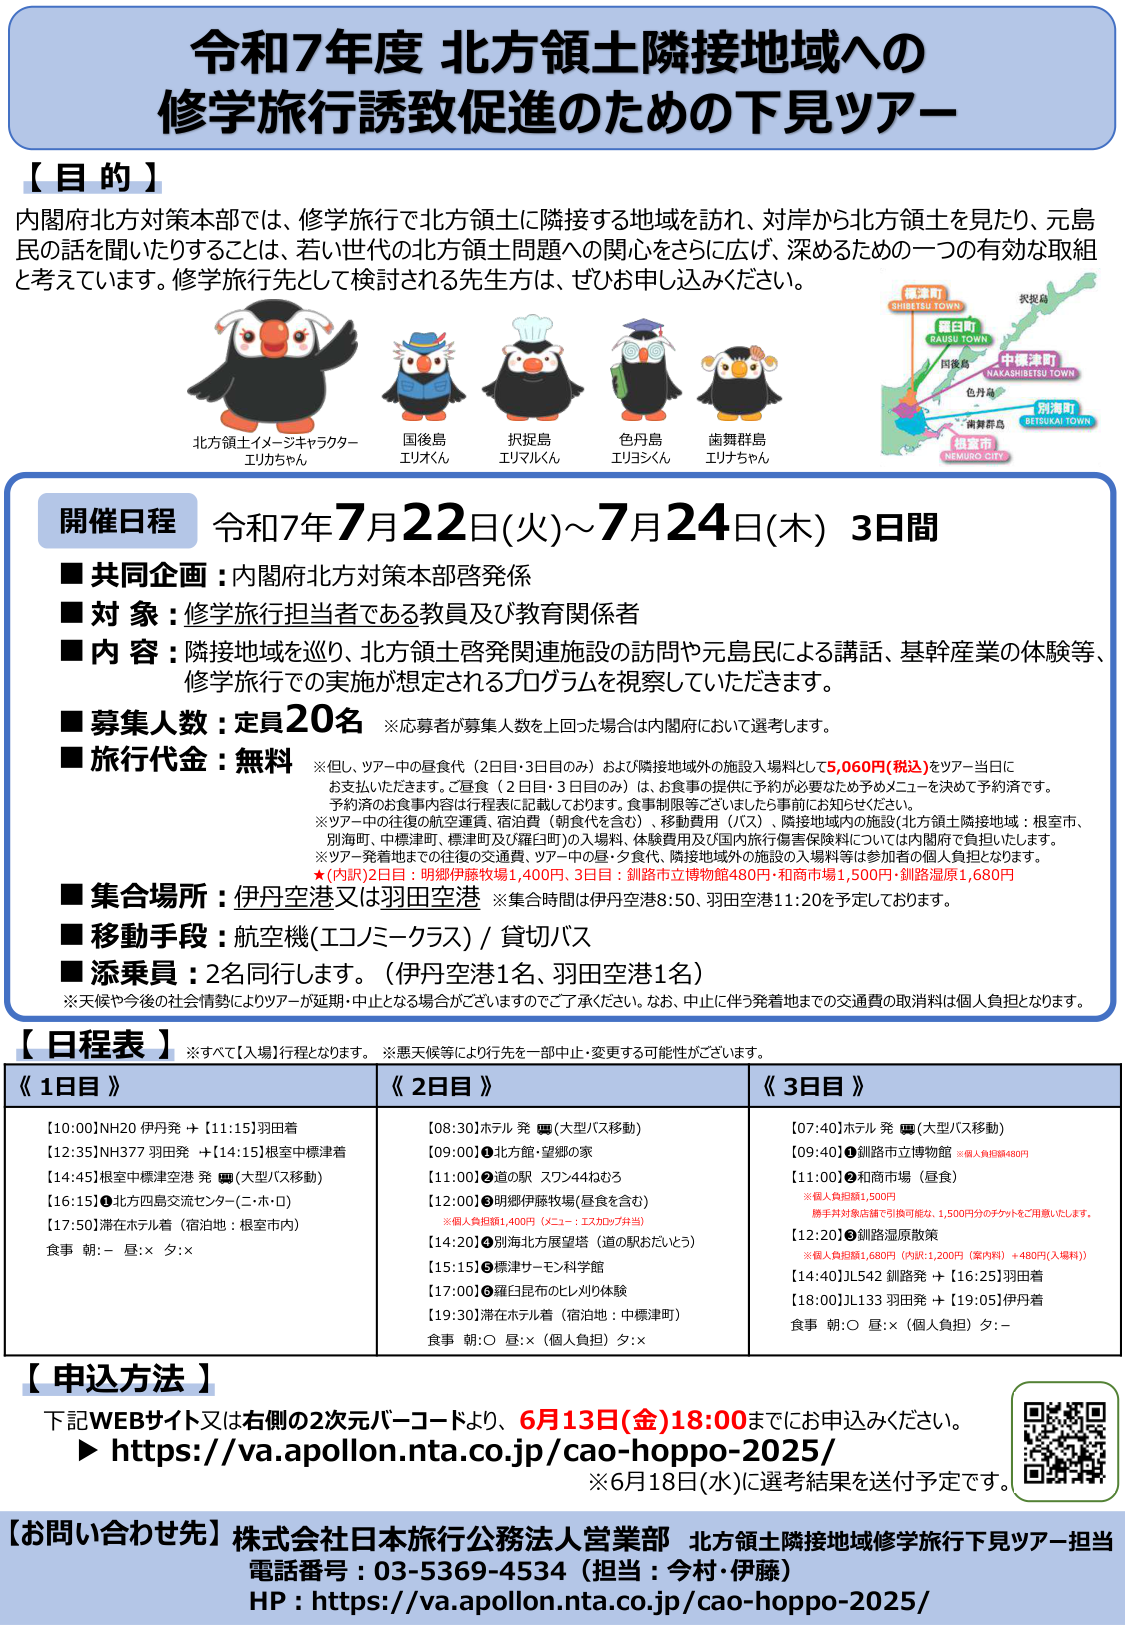
令和7年度 北方領土隣接地域への
修学旅行誘致促進のための下見ツアー

【目的】
内閣府北方対策本部では、修学旅行で北方領土に隣接する地域を訪れ、対岸から北方領土を見たり、元島民の話を聞いたりすることは、若い世代の北方領土問題への関心をさらに広げ、深めるための一つの有効な取組と考えています。修学旅行先として検討される先生方は、ぜひお申し込みください。

北方領土イメージキャラクター
エリカちゃん
国後島
エリオくん
択捉島
エリマルくん
色丹島
エリヨシくん
歯舞群島
エリナちゃん

根室市
NEMURO CITY
別海町
BETSUKAI TOWN
中標津町
NAKASHIBETSU TOWN
羅臼町
RAUSU TOWN
標津町
SHIBETSU TOWN
択捉島
色丹島
南有那島

開催日程 令和7年7月22日(火)～7月24日(木) 3日間
■ 共同企画：内閣府北方対策本部啓発係
■ 対象：修学旅行担当者である教員及び教育関係者
■ 内容：隣接地域を巡り、北方領土啓発関連施設の訪問や元島民による講話、基幹産業の体験等、修学旅行での実施が想定されるプログラムを視察していただきます。
■ 募集人数：定員20名 ※応募者が募集人数を上回った場合は内閣府において選考します。
■ 旅行代金：無料
※但し、ツアー中の昼食代（2日目・3日目のみ）および隣接地域外の施設入場料として5,060円(税込)をツアー当日にお支払いただきます。ご昼食（2日目・3日目のみ）は、お食事の提供に予約が必要なため予めメニューを決めて予約済です。予約済のお食事内容は行程表に記載しております。食事制限等ございましたら事前にお知らせください。
※ツアー中の往復の航空運賃、宿泊費（朝食代を含む）、移動費用（バス）、隣接地域内の施設（北方領土隣接地域：根室市、別海町、中標津町、標津町及び羅臼町）の入場料、体験費用及び国内旅行傷害保険料については内閣府で負担いたします。
※ツアー発着地までの往復の交通費、ツアー中の昼・夕食代、隣接地域外の施設の入場料等は参加者の個人負担となります。
★(内訳)2日目：明郷伊藤牧場1,400円、3日目：釧路市立博物館480円・和商市場1,500円・釧路湿原1,680円
■ 集合場所：伊丹空港又は羽田空港 ※集合時間は伊丹空港8:50、羽田空港11:20を予定しております。
■ 移動手段：航空機(エコノミークラス) / 貸切バス
■ 添乗員：2名同行します。（伊丹空港1名、羽田空港1名）
※天候や今後の社会情勢によりツアーが延期・中止となる場合がございますのでご了承ください。なお、中止に伴う発着地までの交通費の取消料は個人負担となります。

【日程表】
※すべて【入場】行程となります。 ※悪天候等により行程を一部中止・変更する可能性がございます。

《1日目》
[10:00] NH20 伊丹発 → [11:15] 羽田着
[12:35] NH377 羽田発 → [14:15] 根室中標津着
[14:45] 根室中標津空港 発 ■ (大型バス移動)
[16:15] ● 北方四島交流センター(二・ホ・ロ)
[17:50] 滞在ホテル着（宿泊地：根室市内）
食事 朝：- 昼：× 夕：×

《2日目》
[08:30] ホテル 発 ■ (大型バス移動)
[09:00] ● 北方館・望郷の家
[11:00] ● 道の駅 スワン44わざろ
[12:00] ● 明郷伊藤牧場(昼食を含む)
※個人負担額1,400円（メニュー：エスカロップ弁当）
[14:20] ● 別海北方展望館（道の駅おだいとろ）
[15:15] ● 標津サーモン科学館
[17:00] ● 羅臼昆布のヒレメリ体験
[19:30] 滞在ホテル着（宿泊地：中標津町）
食事 朝：○ 昼：×（個人負担） 夕：×

《3日目》
[07:40] ホテル 発 ■ (大型バス移動)
[09:40] ● 釧路市立博物館 ※個人負担額480円
[11:00] ● 和商市場（昼食）
※個人負担額1,500円
勝手丼対象店舗で引換可能、1,500円分のチケットをご用意いたします。
[12:20] ● 釧路湿原散策
※個人負担額1,680円（内訳：1,200円（室内料）＋480円（入場料））
[14:40] JL542 釧路発 → [16:25] 羽田着
[18:00] JL133 羽田発 → [19:05] 伊丹着
食事 朝：○ 昼：×（個人負担） 夕：-

【申込方法】
下記WEBサイト又は右側の2次元バーコードより、6月13日(金)18:00までにお申込みください。
▶ https://va.apollon.nta.co.jp/cao-hoppo-2025/
※6月18日(水)に選考結果を送付予定です。

【お問い合わせ先】株式会社日本旅行公務法人営業部 北方領土隣接地域修学旅行下見ツアー担当
電話番号：03-5369-4534（担当：今村・伊藤）
HP：https://va.apollon.nta.co.jp/cao-hoppo-2025/